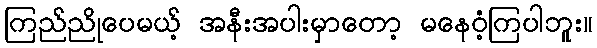
ကြည်ညိုပေမယ့် အနီးအပါးမှာတော့ မနေဝံ့ကြပါဘူး။